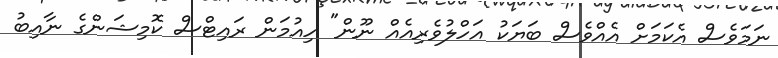
ނަމަވެސް އެކަމަށް އެއްވެސް ބަޔަކު އަހްލުވެރިއެއް ނޫން" ހިއުމަން ރައިޓްސް ކޮމިޝަންގެ ނާއިބު